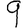
Digit: 9